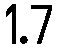
1.7